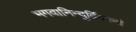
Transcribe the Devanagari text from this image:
भगवानिन्दुर्द्विजानां